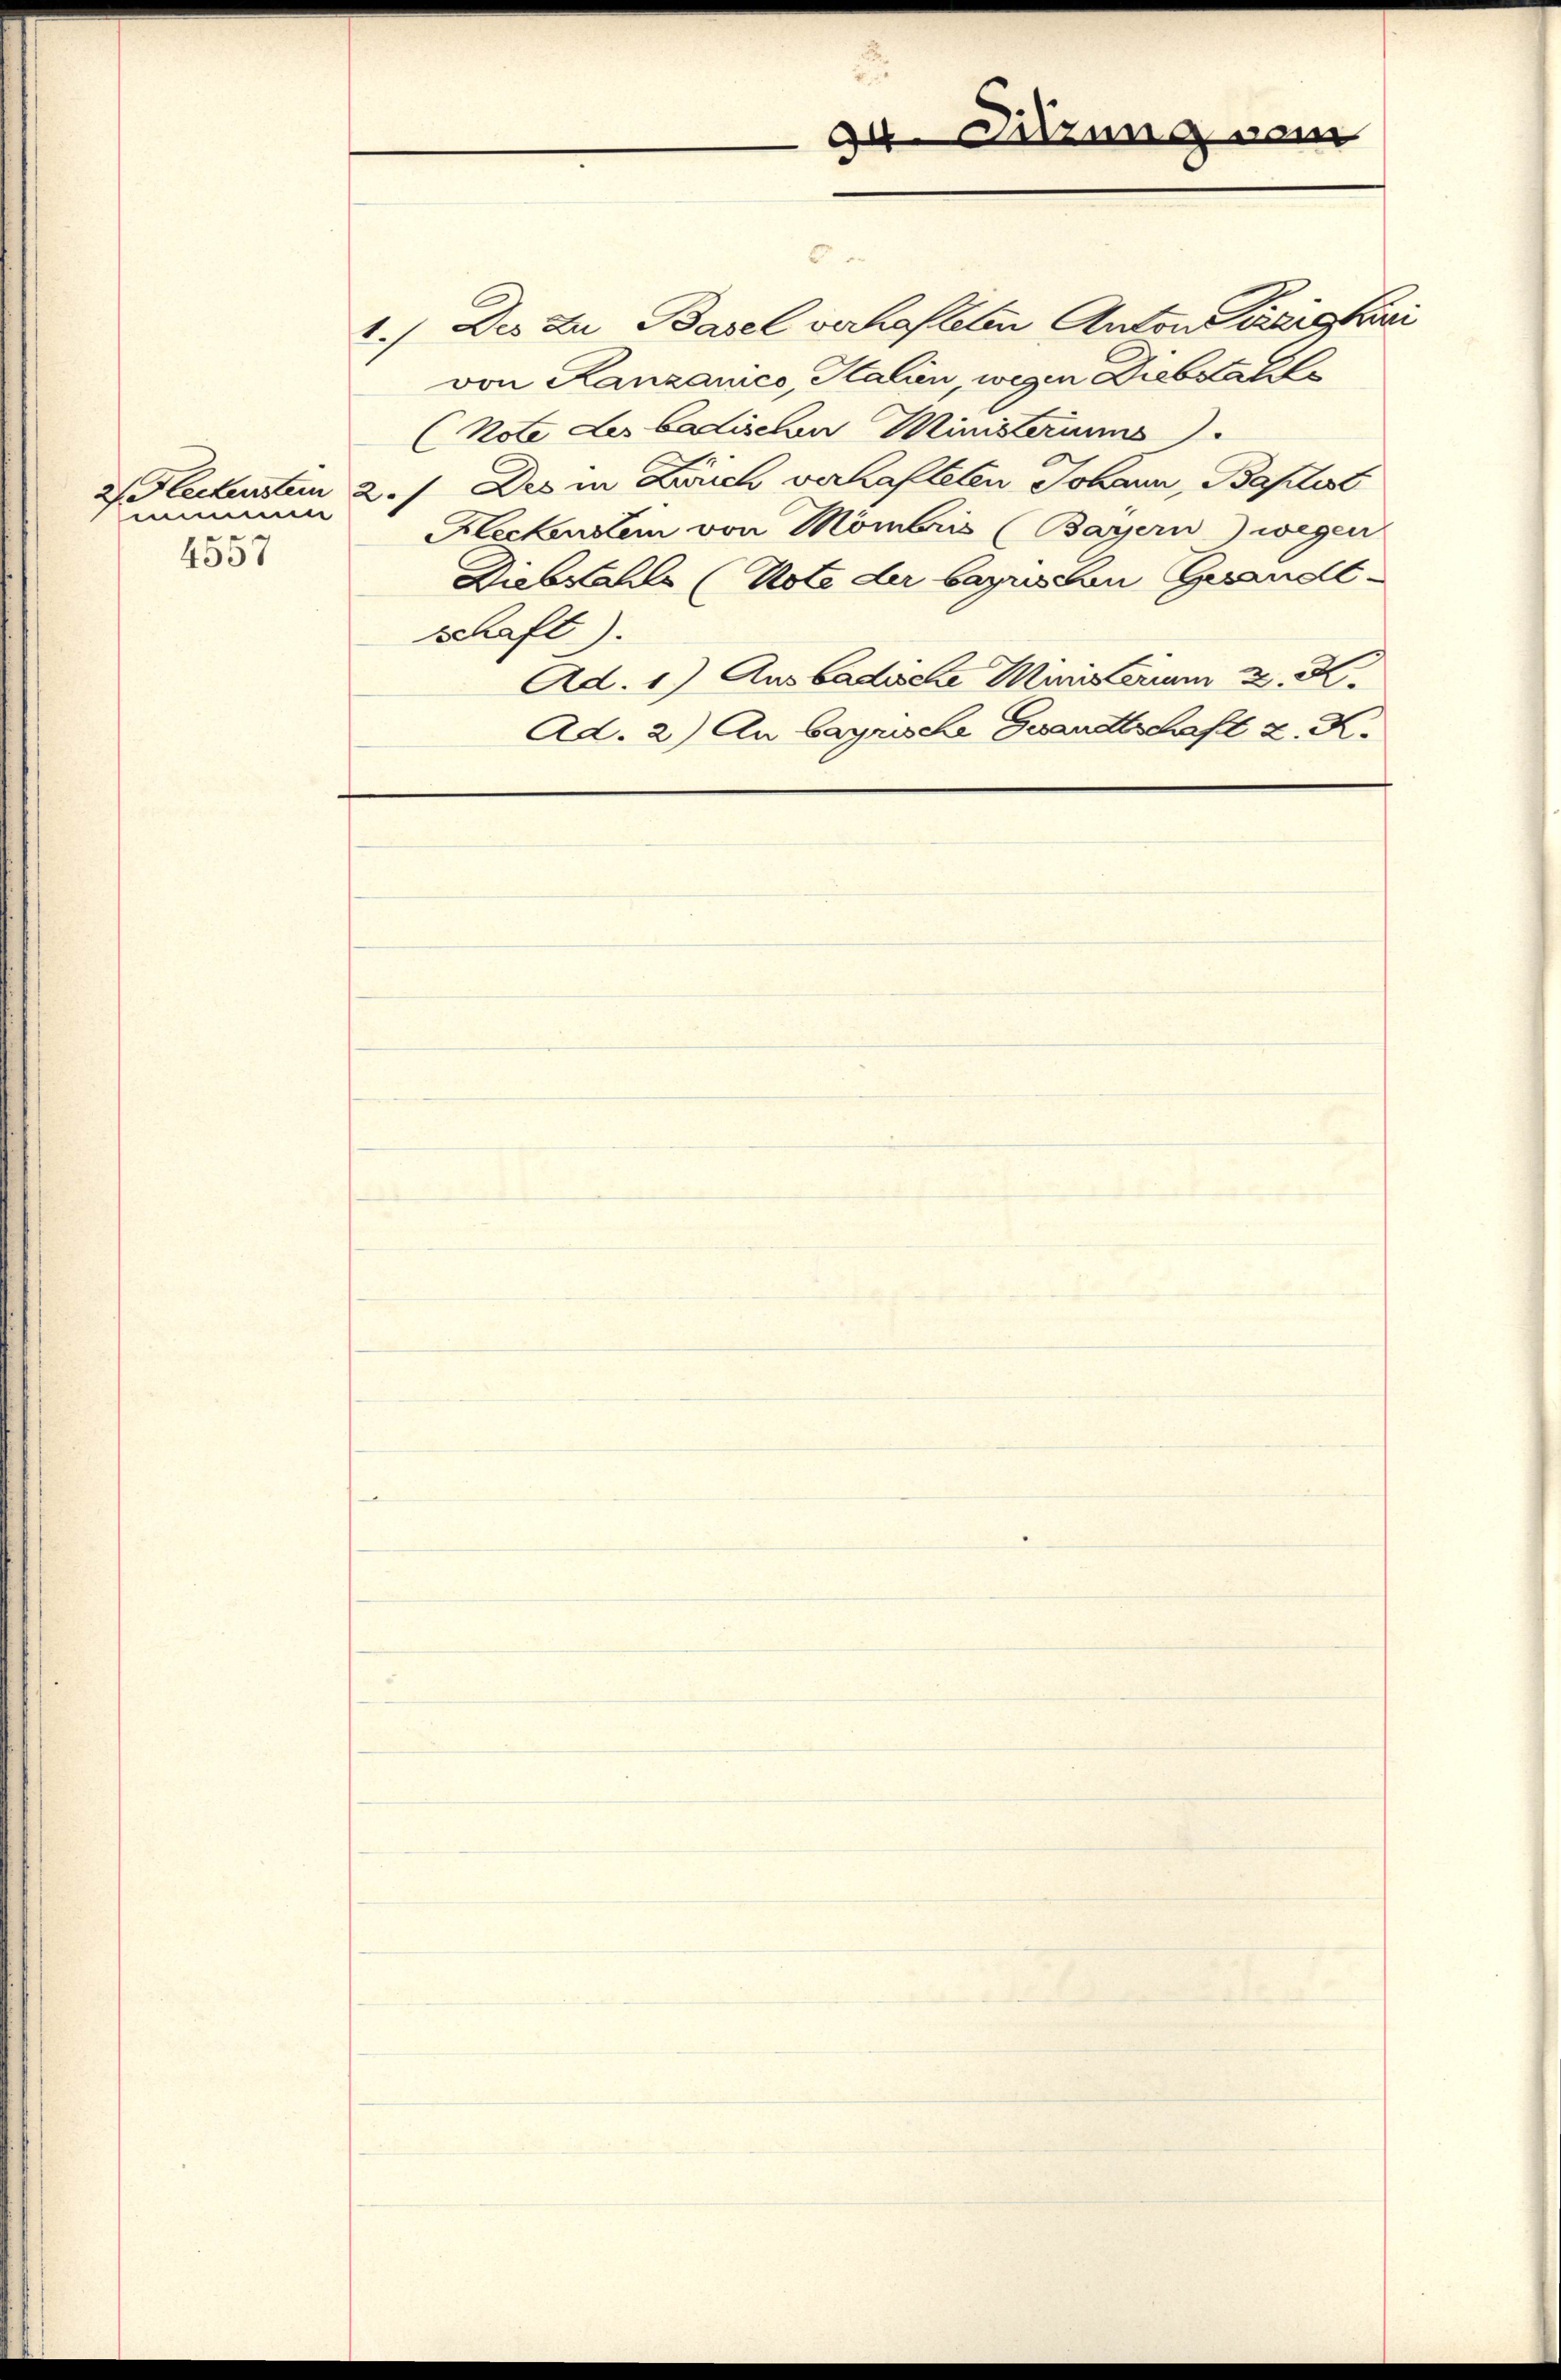
mimen
4557

1.) Des zu Basel verhafteten Anton Tätigkei
von Kanzanico, Kalien, wegen Diebstato
(note der badischen Ministeriums
2 Fleckensten 2./ Des in Zürich verhafteten Johann, Baptist
Heckerstem von Mömbris (Bayern) wegen
Diebstahls (Note der bayrischen Gesandt¬
Schaft).
Ad. 1) Ausbadische Minis cum 2. K.
Ad. 2) An bayrische Gesandtschaft z. K.

de Sitzung von